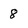
Character: 8